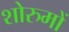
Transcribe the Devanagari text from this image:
शोरुमों